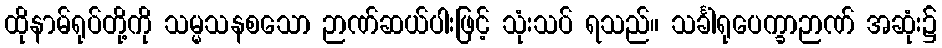
ထိုနာမ်ရုပ်တို့ကို သမ္မသနစသော ဉာဏ်ဆယ်ပါးဖြင့် သုံးသပ် ရသည်။ သင်္ခါရုပေက္ခာဉာဏ် အဆုံး၌